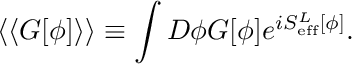
\langle \langle G [ \phi ] \rangle \rangle \equiv \int { \cal D } \phi G [ \phi ] e ^ { i S _ { \mathrm { e f f } } ^ { L } [ \phi ] } .